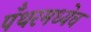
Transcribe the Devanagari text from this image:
पँथरमध्येच